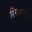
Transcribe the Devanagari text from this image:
रिगमार्वन